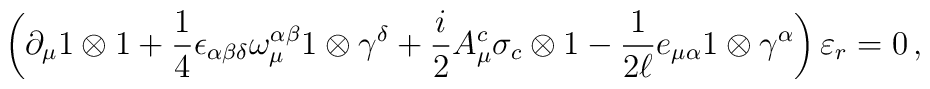
\left(  \partial_\mu 1\otimes 1 +\frac{1}{4} \epsilon_{\alpha \beta   \delta }\omega^{\alpha \beta}_{\mu} 1\otimes \gamma^{\delta}   +\frac{i}{2} A^{c}_{\mu} \sigma_c \otimes 1   - \frac{1}{2\ell} e_{\mu\alpha}1\otimes \gamma^{\alpha} \right)   \varepsilon_r = 0 \, ,